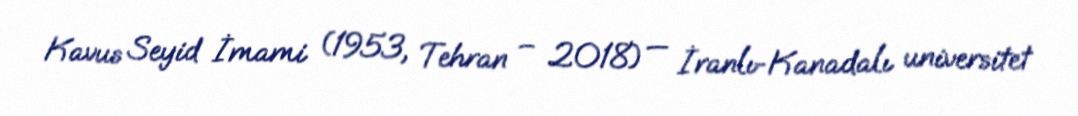
Kavus Seyid İmami (1953, Tehran – 2018) — İranlı-Kanadalı universitet